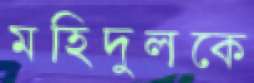
মহিদুলকে